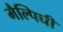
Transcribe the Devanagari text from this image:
मैल्पिघी